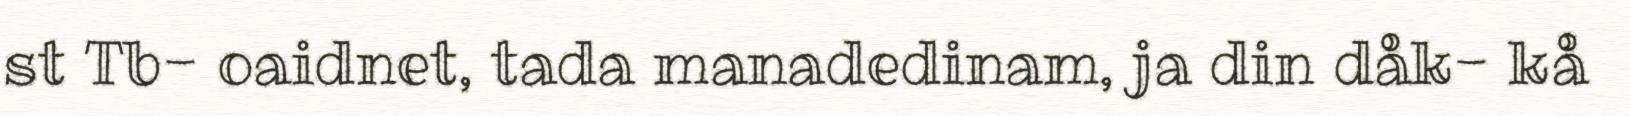
st Tb- oaidnet, tada manadedinam, ja din dåk- kå